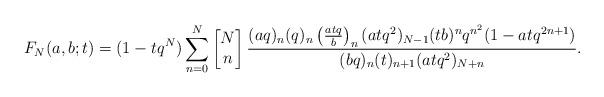
LaTeX: \begin{align*}F_{N}(a,b;t)=(1- t q^{N})\sum_{n=0}^{N}\left[\begin{matrix} N\\n\end{matrix}\right]\frac{(a q)_n(q)_n\left(\frac{at q}{b}\right)_n(a t q^2)_{N-1}(tb)^nq^{n^2}(1-at q^{2n+1})}{(b q)_n(t)_{n+1}(a t q^2)_{N+n}}.\end{align*}